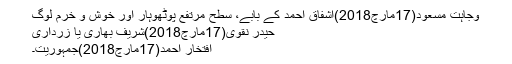
وجاہت مسعود(17مارچ2018)اشفاق احمد کے بابے، سطح مرتفع پوٹھوہار اور خوش و خرم لوگ
حیدر نقوی(17مارچ2018)شریف بھاری یا زرداری
افتخار احمد(17مارچ2018)جمہوریت۔